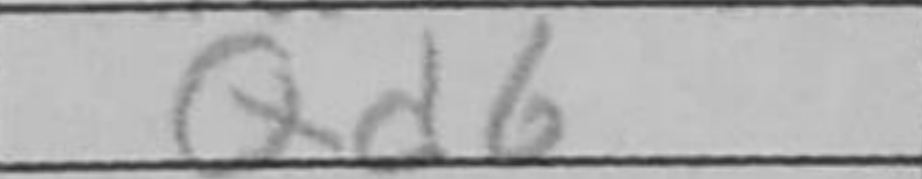
Transcription: Qd6